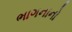
ભાગનાનો